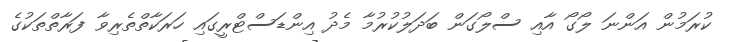
ކުރަމުން އަންނަ ލޯގޯ އާއި ސްލޯގަން ބަދަލުކުރުމާ މެދު އިންޑަސްޓްރީގައި ހަރަކާތްތެރިވާ ފަރާތްތަކުގެ